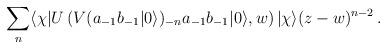
LaTeX: \begin{align*}\sum_n\langle\chi|U\left(V(a_{-1}b_{-1}|0\rangle)_{-n}a_{-1}b_{-1}|0\rangle,w\right)|\chi\rangle(z-w)^{n-2}\,.\end{align*}